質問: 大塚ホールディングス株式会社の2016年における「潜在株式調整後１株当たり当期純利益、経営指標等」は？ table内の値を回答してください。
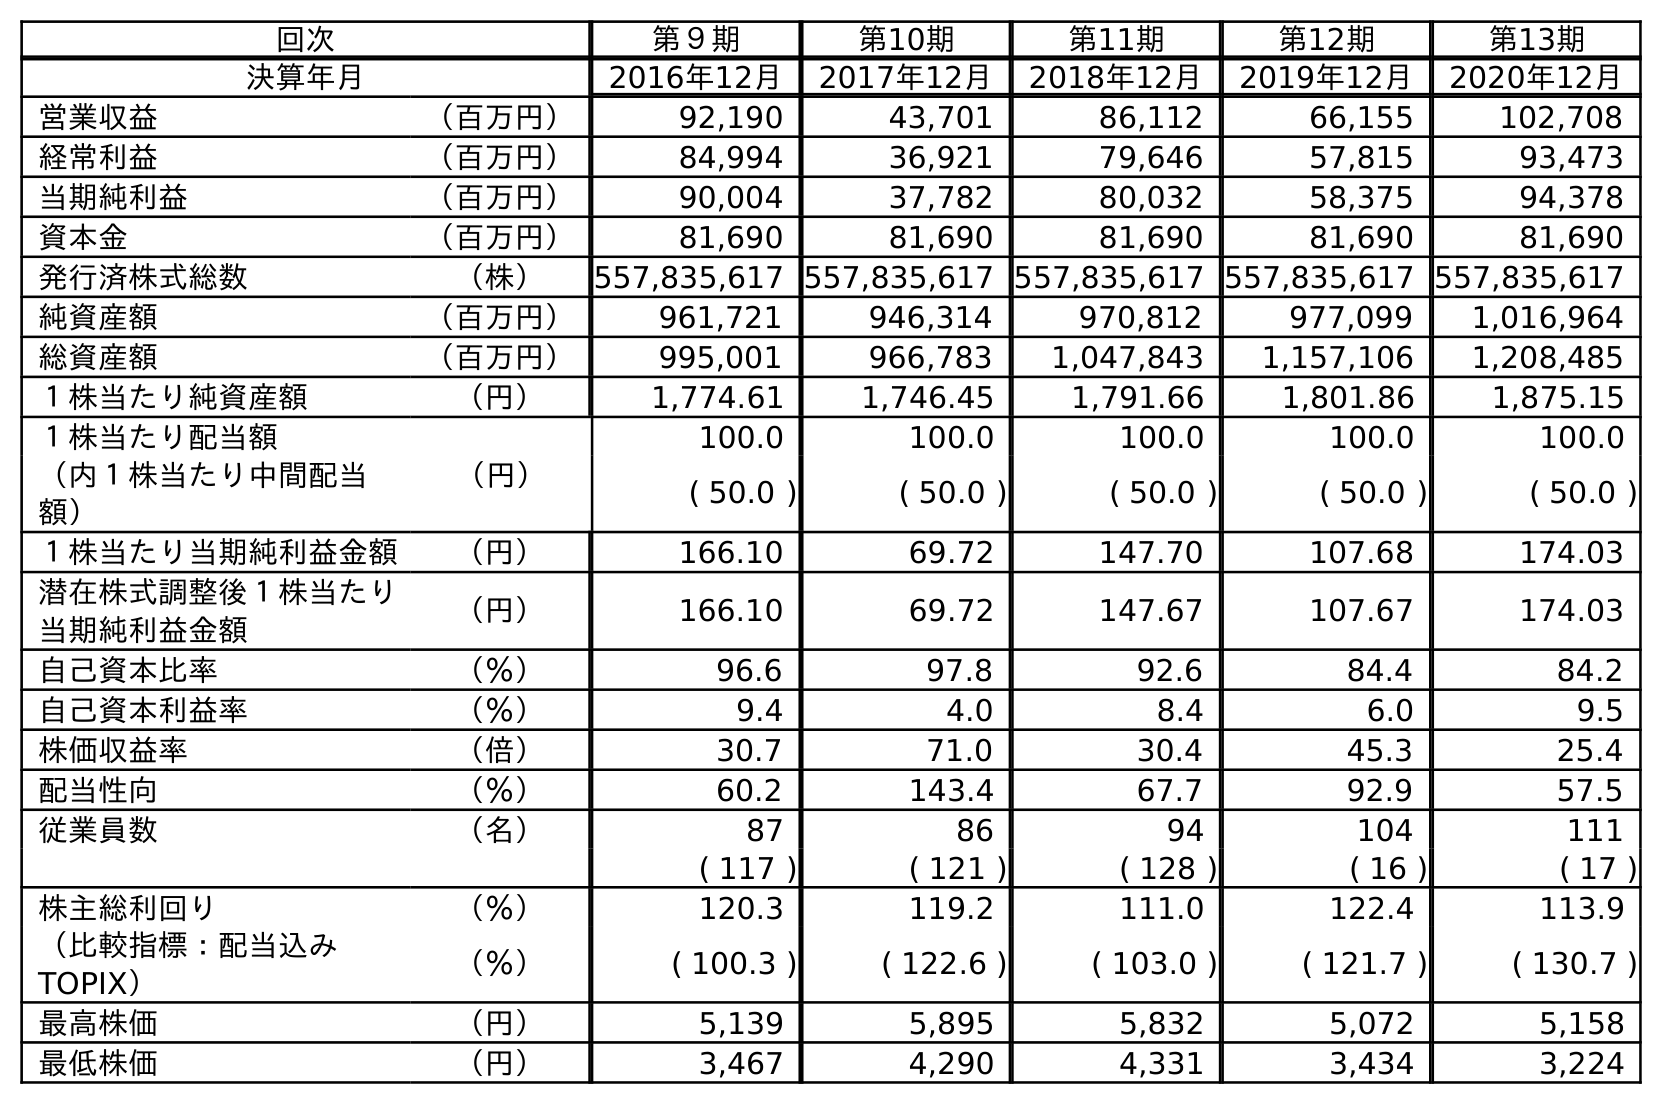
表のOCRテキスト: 回次 第９期 第10期 第11期 第12期 第13期 決算年月 2016年12月 2017年12月 2018年12月 2019年12月 2020年12月 営業収益 （百万円） 92,190 43,701 86,112 66,155 102,708 経常利益 （百万円） 84,994 36,921 79,646 57,815 93,473 当期純利益 （百万円） 90,004 37,782 80,032 58,375 94,378 資本金 （百万円） 81,690 81,690 81,690 81,690 81,690 発行済株式総数 （株） 557,835,617 557,835,617 557,835,617 557,835,617 557,835,617 純資産額 （百万円） 961,721 946,314 970,812 977,099 1,016,964 総資産額 （百万円） 995,001 966,783 1,047,843 1,157,106 1,208,485 １株当たり純資産額 （円） 1,774.61 1,746.45 1,791.66 1,801.86 1,875.15 １株当たり配当額 （円） 100.0 100.0 100.0 100.0 100.0 （内１株当たり中間配当 額） ( 50.0 ) ( 50.0 ) ( 50.0 ) ( 50.0 ) ( 50.0 ) １株当たり当期純利益金額 （円） 166.10 69.72 147.70 107.68 174.03 潜在株式調整後１株当たり 当期純利益金額 （円） 166.10 69.72 147.67 107.67 174.03 自己資本比率 （％） 96.6 97.8 92.6 84.4 84.2 自己資本利益率 （％） 9.4 4.0 8.4 6.0 9.5 株価収益率 （倍） 30.7 71.0 30.4 45.3 25.4 配当性向 （％） 60.2 143.4 67.7 92.9 57.5 従業員数 （名） 87 86 94 104 111 ( 117 ) ( 121 ) ( 128 ) ( 16 ) ( 17 ) 株主総利回り （％） 120.3 119.2 111.0 122.4 113.9 （比較指標：配当込み TOPIX） （％） ( 100.3 ) ( 122.6 ) ( 103.0 ) ( 121.7 ) ( 130.7 ) 最高株価 （円） 5,139 5,895 5,832 5,072 5,158 最低株価 （円） 3,467 4,290 4,331 3,434 3,224
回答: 166.10